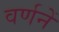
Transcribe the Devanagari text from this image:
वर्णनें